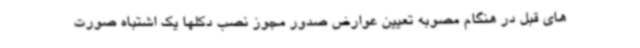
های قبل در هنگام مصوبه تعیین عوارض صدور مجوز نصب دکلها یک اشتباه صورت